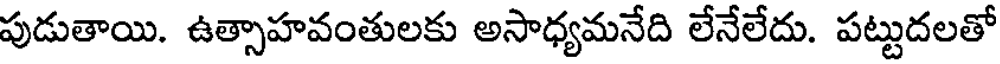
పుడుతాయి. ఉత్సాహవంతులకు అసాధ్యమనేది లేనేలేదు. పట్టుదలతో